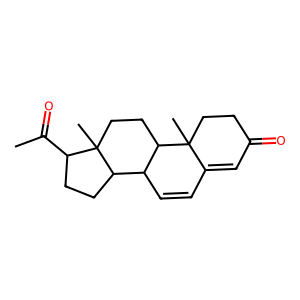
SMILES: CC(=O)C1CCC2C3C=CC4=CC(=O)CCC4(C)C3CCC12C
Inhibits HIV replication: Yes